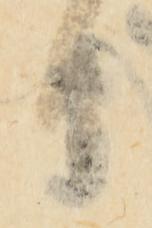
日